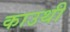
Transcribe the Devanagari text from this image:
काउथी